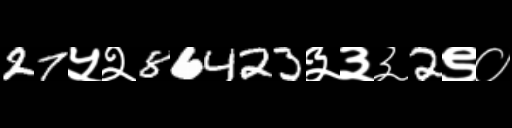
Text: 27५२86423३३३2९०